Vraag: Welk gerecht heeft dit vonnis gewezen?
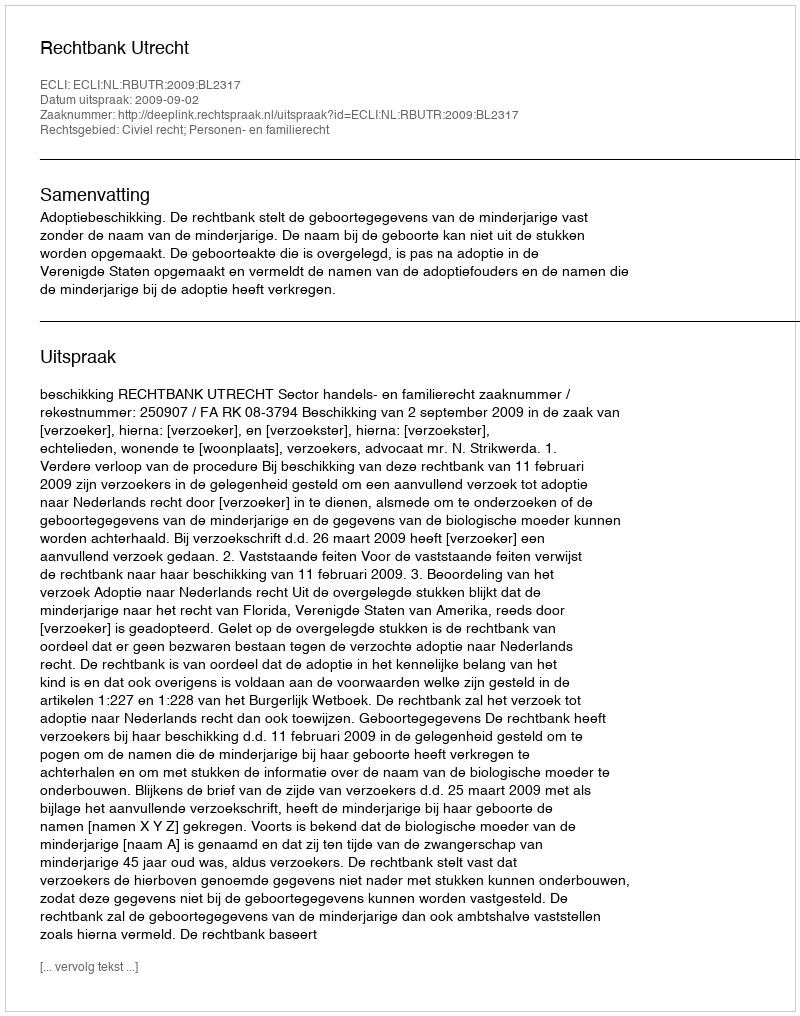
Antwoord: Rechtbank Utrecht